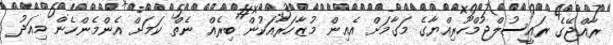
ރާއްޖޭގެ ރައީސުލްޖުމްހޫރިއްޔާގެ މަގާމަށް އެއިން މުޒާހަރާއަކުން ބިރެއް ނެތް ކަމަށް އެންމެންހެން މިއަދު